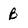
Character: B